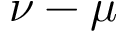
\nu - \mu